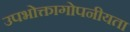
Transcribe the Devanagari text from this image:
उपभोक्तागोपनीयता